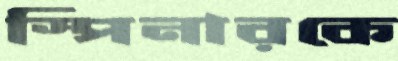
স্পিনারকে